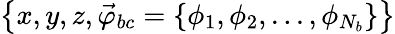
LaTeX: \left\{ x,y,z,\vec{\varphi}_{bc}=\left\{ \phi_{1},\phi_{2},...,\phi_{N_{b}}\right\} \right\}